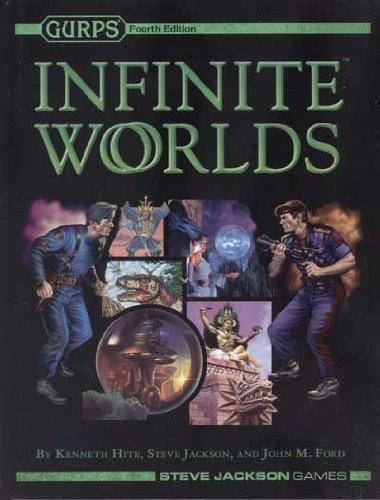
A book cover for GURPS Infinite Worlds (GURPS 4th Edition Roleplaying); Kenneth Hite; Science Fiction & Fantasy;